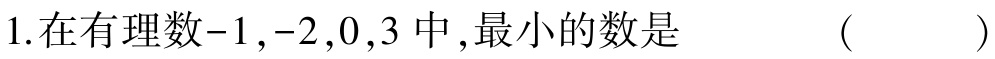
1.在有理数$-1,-2,0,3$中,最小的数是  (   )